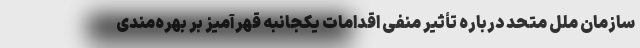
سازمان ملل متحد درباره تأثیر منفی اقدامات یکجانبه قهرآمیز بر بهره‌مندی